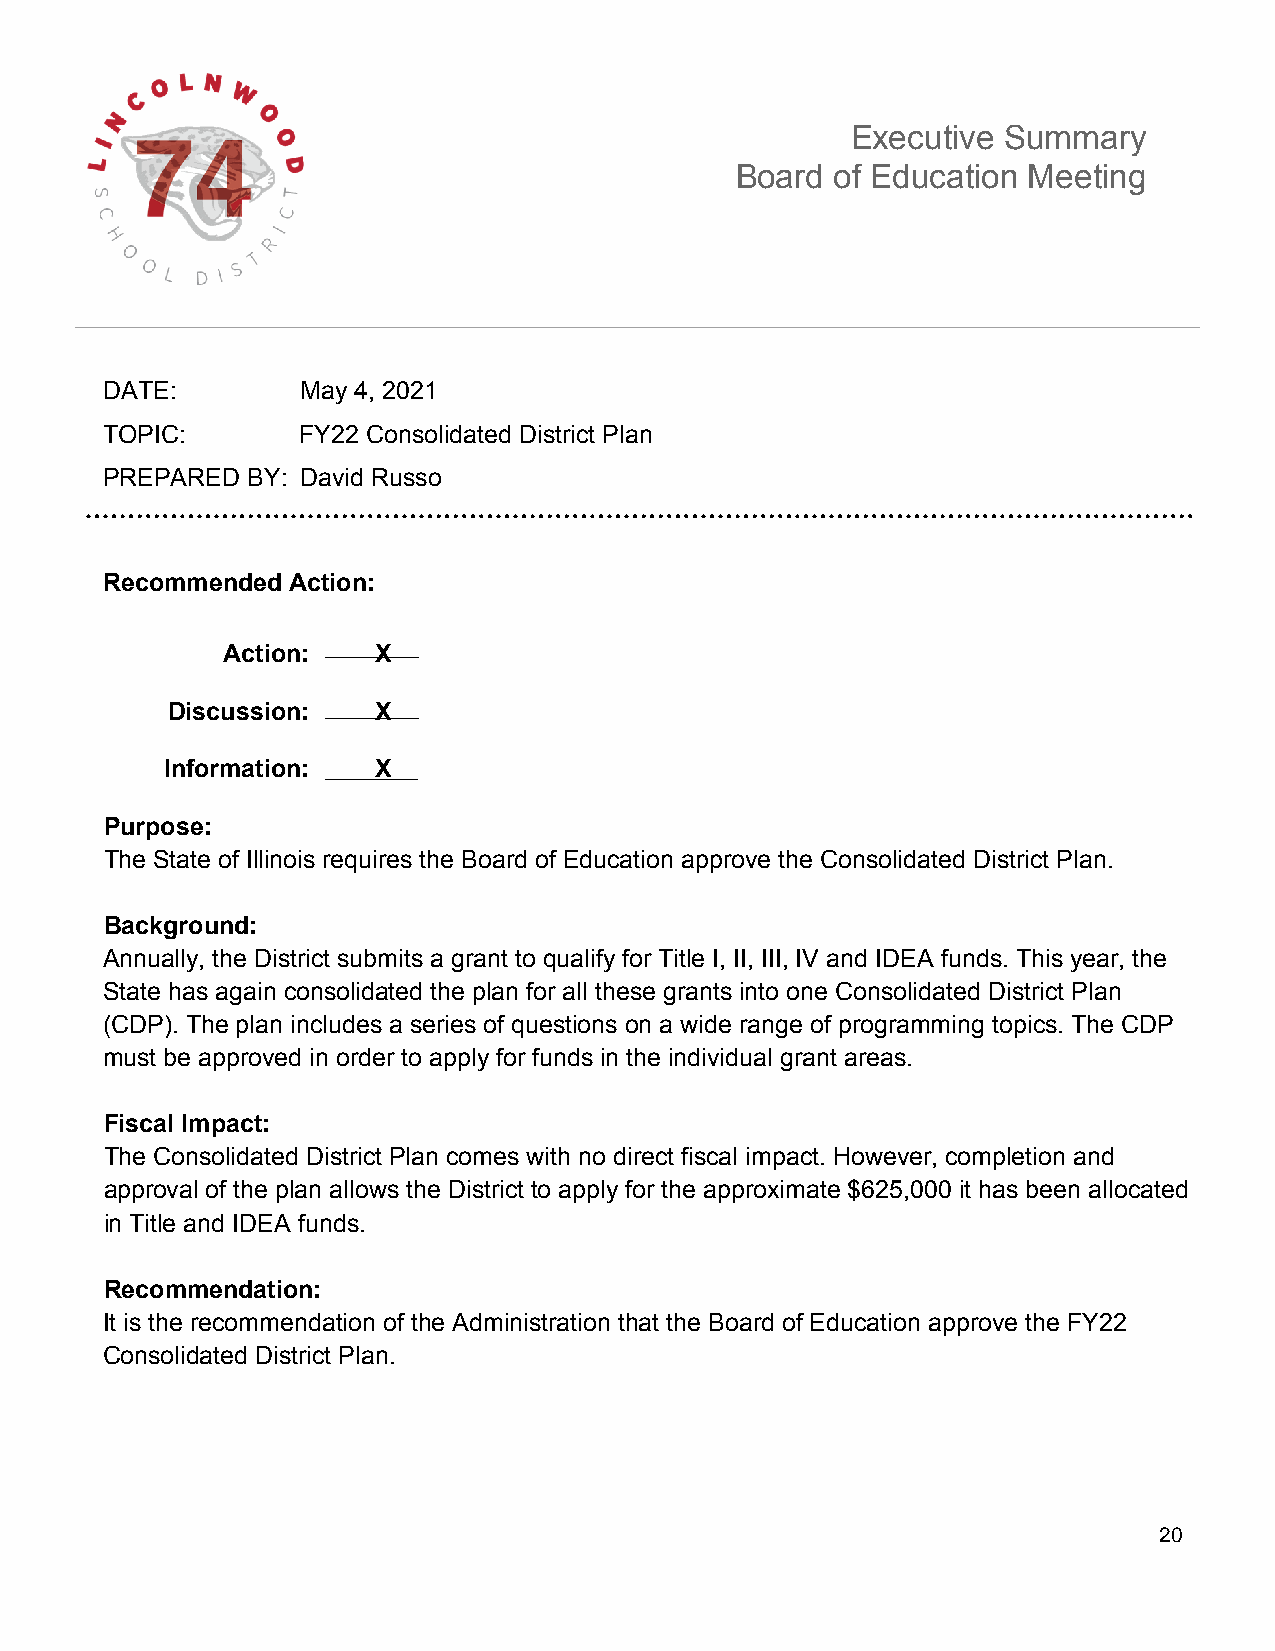
Executive Summary
 Board of Education Meeting
 DATE:        May 4, 2021
 TOPIC:       FY22 Consolidated District Plan
 PREPARED BY: David Russo
 Recommended Action:
 Action:   X
 Discussion:   X
 Information:  X
 Purpose:
 The State of Illinois requires the Board of Education approve the Consolidated District Plan.
 Background:
 Annually, the District submits a grant to qualify for Title I, II, III, IV and IDEA funds. This year, the
 State has again consolidated the plan for all these grants into one Consolidated District Plan
 (CDP). The plan includes a series of questions on a wide range of programming topics. The CDP
 must be approved in order to apply for funds in the individual grant areas.
 Fiscal Impact:
 The Consolidated District Plan comes with no direct fiscal impact. However, completion and
 approval of the plan allows the District to apply for the approximate $625,000 it has been allocated
 in Title and IDEA funds.
 Recommendation:
 It is the recommendation of the Administration that the Board of Education approve the FY22
 Consolidated District Plan.
 20